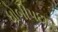
ધોબીપછાડ